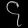
Digit: ၄